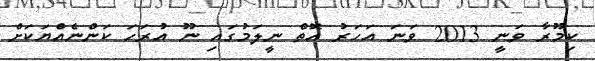
ކިމޫރާ ވަނީ 2013 ވަނަ އަހަރު އޮތް ނީލަމުގައި ނޫ އުރަހަ ކަންނެއްޔަކަށް